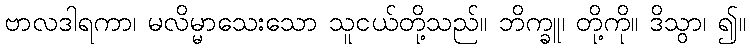
ဗာလဒါရကာ၊ မလိမ္မာသေးသော သူငယ်တို့သည်။ ဘိက္ခူ၊ တို့ကို။ ဒိသွာ၊ ၍။